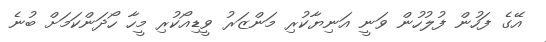
އޭގެ ފަހުން ފުލުހުން ވަނީ އަނިޔާކުރި މަންޒަރު ވީޑިއޯކުރި މީހާ ހޯދަންކަމަށް ބުނެ